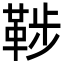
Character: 𩊶